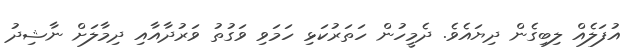
އުފަލެއް ލިބިގެން ދިޔައެވެ. ދެމީހުން ހަތަރުކަޅި ހަމަވި ވަގުތު ވަރުދާއާއި ދިމާލަށް ނާޝިދު